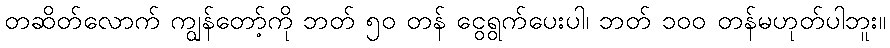
တဆိတ်လောက် ကျွန်တော့်ကို ဘတ် ၅၀ တန် ငွေရွက်ပေးပါ၊ ဘတ် ၁၀၀ တန်မဟုတ်ပါဘူး။